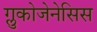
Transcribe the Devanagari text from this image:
ग्लुकोजेनेसिस